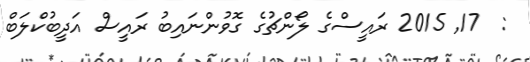
:  17